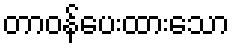
တာဝန်ပေးထားသော